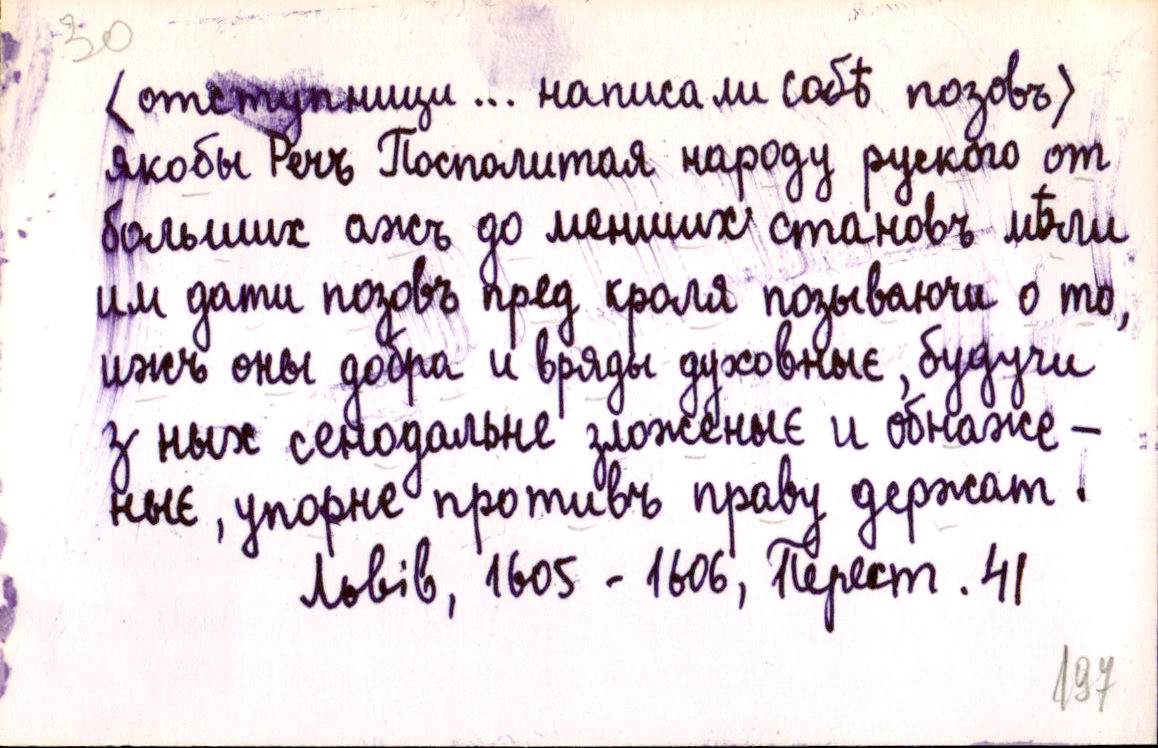
<отступници ... написали собѣ позовъ>
якобы Речъ Посполитая народу руского от
больших ажъ до меньших становъ мѣли
им дати позовъ пред кроля позываючи о то,
ижъ оны добра и вряды духовныє, будучи
з ных сенодальне зложеныє и обнаже-
ныє, упорне противъ праву держат.
Львів, 1605-1606, Перест. 41.